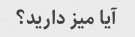
آیا میز دارید؟